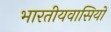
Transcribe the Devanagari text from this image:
भारतीयवासियों